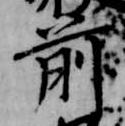
前